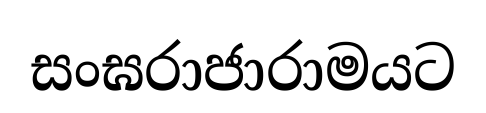
සංඝරාජාරාමයට